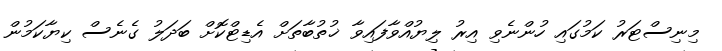
މިނިސްޓަރު ކަމުގައި ހުންނެވި އިރު ލިޔުއްވާފައިވާ ޚުތުބާތަށް އެޑިޓްކޮށް ބަދަލު ގެނެސް ކިޔާކަމުން